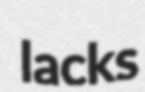
lacks